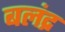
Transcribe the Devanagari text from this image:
बलंद्र